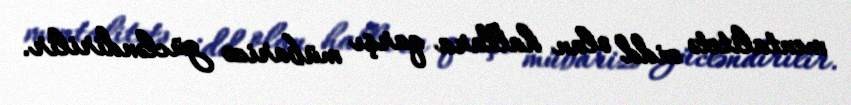
mentalitetə zidd olan hallara qarşı mübarizə gücləndirilir.